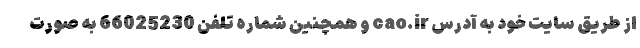
از طریق سایت خود به آدرس cao.ir و همچنین شماره تلفن 66025230 به صورت